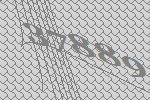
37889